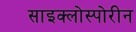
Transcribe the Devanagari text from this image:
साइक्लोस्पोरीन